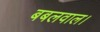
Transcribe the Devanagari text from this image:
बबलवाल।